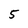
Character: 5